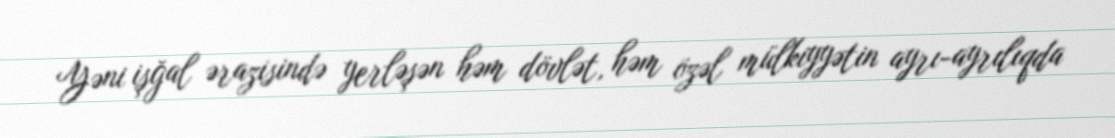
Yəni işğal ərazisində yerləşən həm dövlət, həm özəl mülkiyyətin ayrı-ayrılıqda